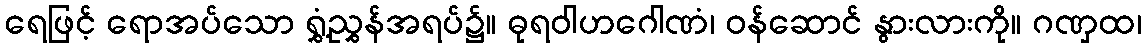
ရေဖြင့် ရောအပ်သော ရွှံ့ညွှန်အရပ်၌။ ဓုရဝါဟဂေါဏံ၊ ဝန်ဆောင် နွားလားကို။ ဂဏှထ၊